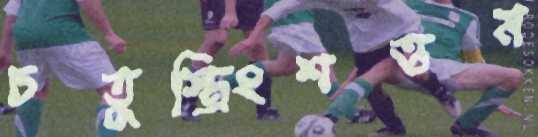
চতুস্ত্রিংশত্তম